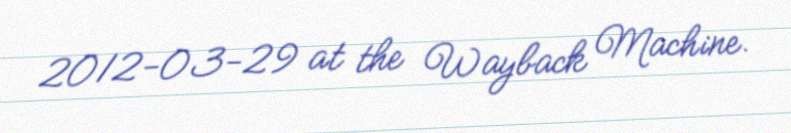
2012-03-29 at the Wayback Machine.